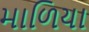
માળિયા